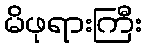
မိဖုရားကြီး